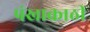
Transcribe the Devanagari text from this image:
पंखाकाठी